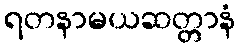
ရတနာမယဆတ္တာနံ